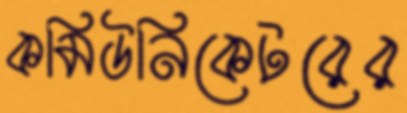
কমিউনিকেটরের